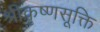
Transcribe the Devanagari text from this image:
श्रीकृष्णसूक्ति